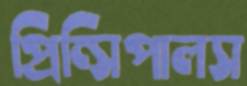
প্রিন্সিপালস